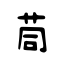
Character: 茼